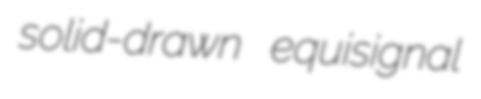
solid-drawn equisignal